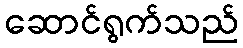
ဆောင်ရွက်သည်